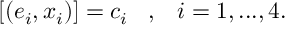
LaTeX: [ ( e _ { i } , x _ { i } ) ] = c _ { i } \; \; \; , \; \; \; i = 1 , . . . , 4 .